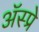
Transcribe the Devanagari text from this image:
ॲस्प्रे